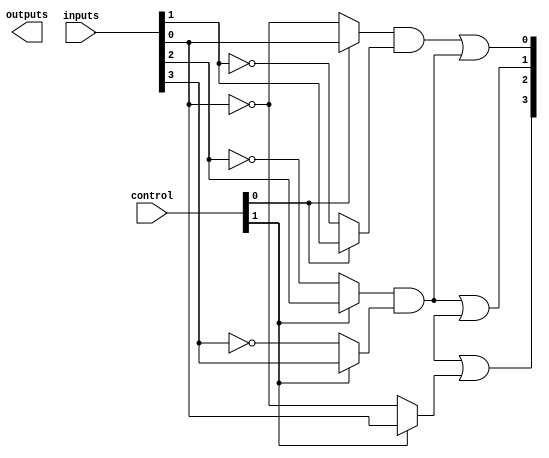
module FusedPAL (
    input wire [N-1:0] inputs,        // Input signals
    input wire [M-1:0] control,       // Control signals for programming
    output wire [P-1:0] outputs       // Output signals
);

// Parameter Definitions
parameter N = 8;                    // Number of inputs (can be 8 to 32)
parameter M = 4;                    // Number of programmable AND terms
parameter P = 4;                    // Number of outputs

// Programmable AND Array
wire [M-1:0] and_outputs [N-1:0];   // Array of AND outputs

// Example of programmable AND gates
generate
    genvar i, j;
    for (i = 0; i < M; i = i + 1) begin : and_terms
        for (j = 0; j < N; j = j + 1) begin : input_combination
            assign and_outputs[i][j] = control[i] ? inputs[j] : ~inputs[j]; // Select input or its complement
        end
    end
endgenerate

// Fused Product Terms
wire [M-1:0] fused_terms;           // Fused product terms
assign fused_terms[0] = and_outputs[0][0] & and_outputs[0][1]; // Example of fusing
assign fused_terms[1] = and_outputs[1][2] & and_outputs[1][3]; // Another example of fusing
// Additional fusions can be added as needed

// Fixed OR Array
wire [P-1:0] or_outputs;            // Final outputs from OR array
assign or_outputs[0] = fused_terms[0] | fused_terms[1]; // Example OR logic for output 0
assign or_outputs[1] = fused_terms[1] | and_outputs[2][4]; // Example OR logic for output 1
assign or_outputs[2] = and_outputs[3][5] | and_outputs[3][6]; // Example OR logic for output 2
assign or_outputs[3] = and_outputs[0][7] | and_outputs[1][0]; // Example OR logic for output 3

// Assign outputs to module outputs
assign outputs = or_outputs;

endmodule